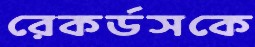
রেকর্ডসকে